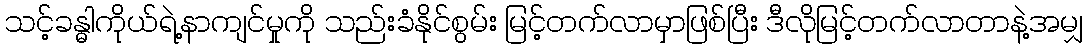
သင့်ခန္ဓါကိုယ်ရဲ့နာကျင်မှုကို သည်းခံနိုင်စွမ်း မြင့်တက်လာမှာဖြစ်ပြီး ဒီလိုမြင့်တက်လာတာနဲ့အမျှ